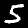
Digit: 5